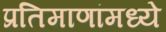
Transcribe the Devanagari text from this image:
प्रतिमाणांमध्ये